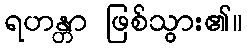
ရဟန္တာ ဖြစ်သွား၏။